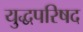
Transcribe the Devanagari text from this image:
युद्धपरिषद